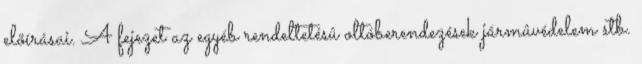
elõírásai. A fejezet az egyéb rendeltetésû oltóberendezések jármûvédelem stb.